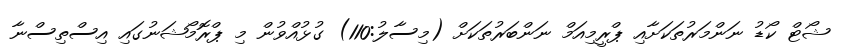
ޝޯޓް ކޯޑު ނަންމަރުތަކަށާއި ޕްރީމިއަމް ނަންބަރުތަކަށް (މިސާލު:110) ގުޅުއްވުން މި ޕްރޮމޯޝަނުގައި އިސްތިސްނާ